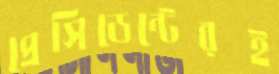
প্রেসিডেন্টেরই